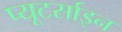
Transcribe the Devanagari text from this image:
प्यूटर्साइन